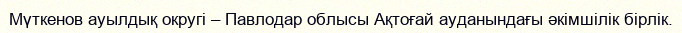
Мүткенов ауылдық округі – Павлодар облысы Ақтоғай ауданындағы әкімшілік бірлік.